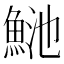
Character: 𩶴